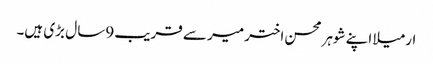
ارمیلا اپنے شوہر محسن اختر میر سے قریب 9سا ل بڑی ہیں۔